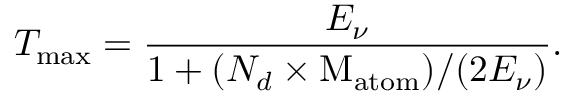
T _ { \mathrm { m a x } } = \frac { E _ { \nu } } { 1 + ( N _ { d } \times \mathrm { M _ { a t o m } } ) / ( 2 E _ { \nu } ) } .